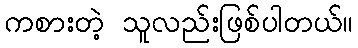
ကစားတဲ့ သူလည်းဖြစ်ပါတယ်။